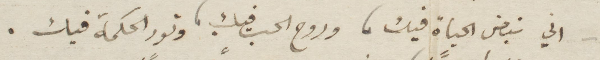
اني نبض الحياة فيك، وروح الحب فيك، ونور الحكمة فيك.